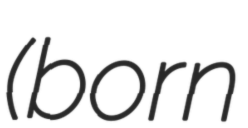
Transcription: (born